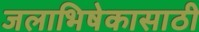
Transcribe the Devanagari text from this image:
जलाभिषेकासाठी